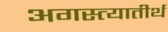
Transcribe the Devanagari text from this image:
अगस्त्यातीर्थ